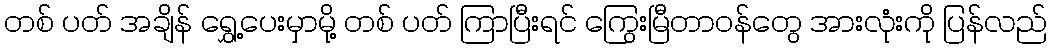
တစ် ပတ် အချိန် ရွှေ့ပေးမှာမို့ တစ် ပတ် ကြာပြီးရင် ကြွေးမြီတာဝန်တွေ အားလုံးကို ပြန်လည်